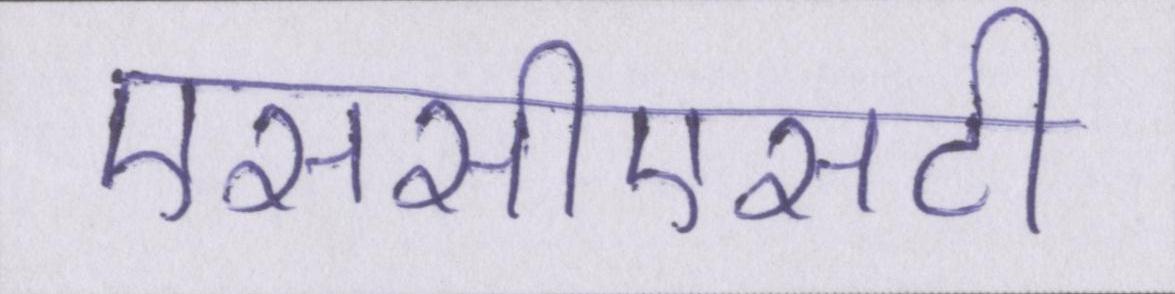
एससीएसटी